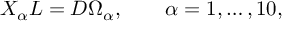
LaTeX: X _ { \alpha } L = D \Omega _ { \alpha } , \qquad \alpha = 1 , \ldots , 1 0 ,